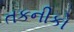
તકનીકો